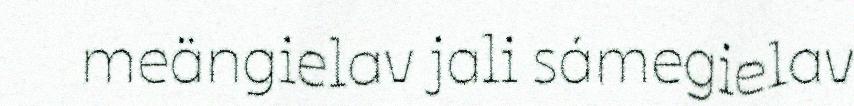
meängielav jali sámegielav